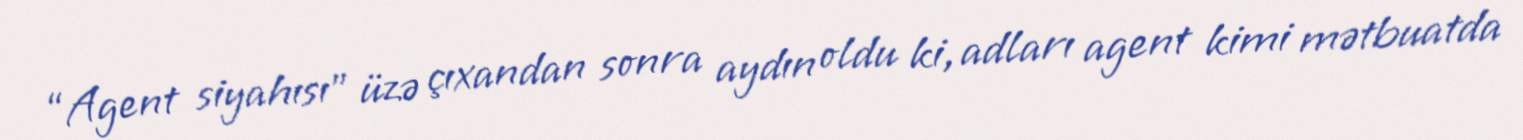
“Agent siyahısı” üzə çıxandan sonra aydın oldu ki, adları agent kimi mətbuatda